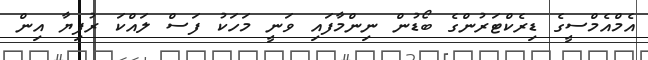
އެމްއެމްސީގެ ޑިރެކްޓަރުންގެ ބޯޑުން ނިންމާފައި ވަނީ މަހަކު ފަސް ލައްކަ ރުފިޔާ އިން